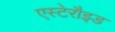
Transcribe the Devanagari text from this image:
एस्टेरौइड